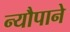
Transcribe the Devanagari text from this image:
न्यौपाने